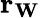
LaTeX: \mathbf{r_{W}}